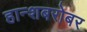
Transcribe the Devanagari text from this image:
हान्शबरोबर